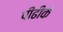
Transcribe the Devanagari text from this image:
पीढीके